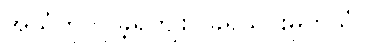
အသံကို လှူခဲ့ရကျိုး (ခရုသင်းမှုတ်သံ)။